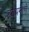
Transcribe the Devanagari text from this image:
ह्यांप्रमाणे